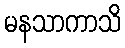
မနသာကာသိ